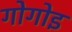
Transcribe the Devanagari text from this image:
गोगोइ